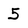
Character: 5